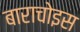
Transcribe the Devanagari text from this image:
बाराचोइस